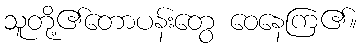
သူတို့၏တောပန်းတွေ ဝေနေကြ၏။